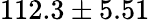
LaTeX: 112.3\pm 5.51